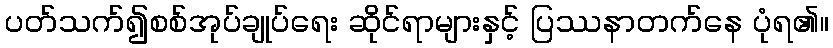
ပတ်သက်၍စစ်အုပ်ချုပ်ရေး ဆိုင်ရာများနှင့် ပြဿနာတက်နေ ပုံရ၏။